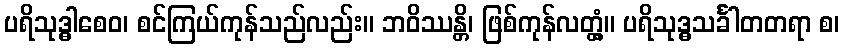
ပရိသုဒ္ဓါစေဝ၊ စင်ကြယ်ကုန်သည်လည်း။ ဘဝိဿန္တိ၊ ဖြစ်ကုန်လတ္တံ့။ ပရိသုဒ္ဓသင်္ခါတတရာ စ၊